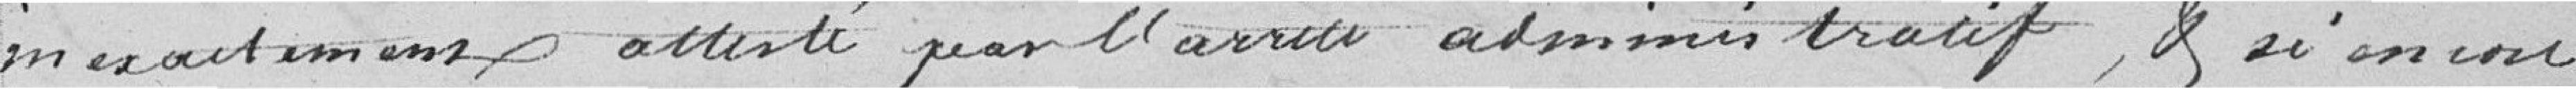
inexactement attesté par l'arrêté administratif, et encore